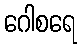
ဂေါစရေ